Voru_kinnistusamet, lk 8
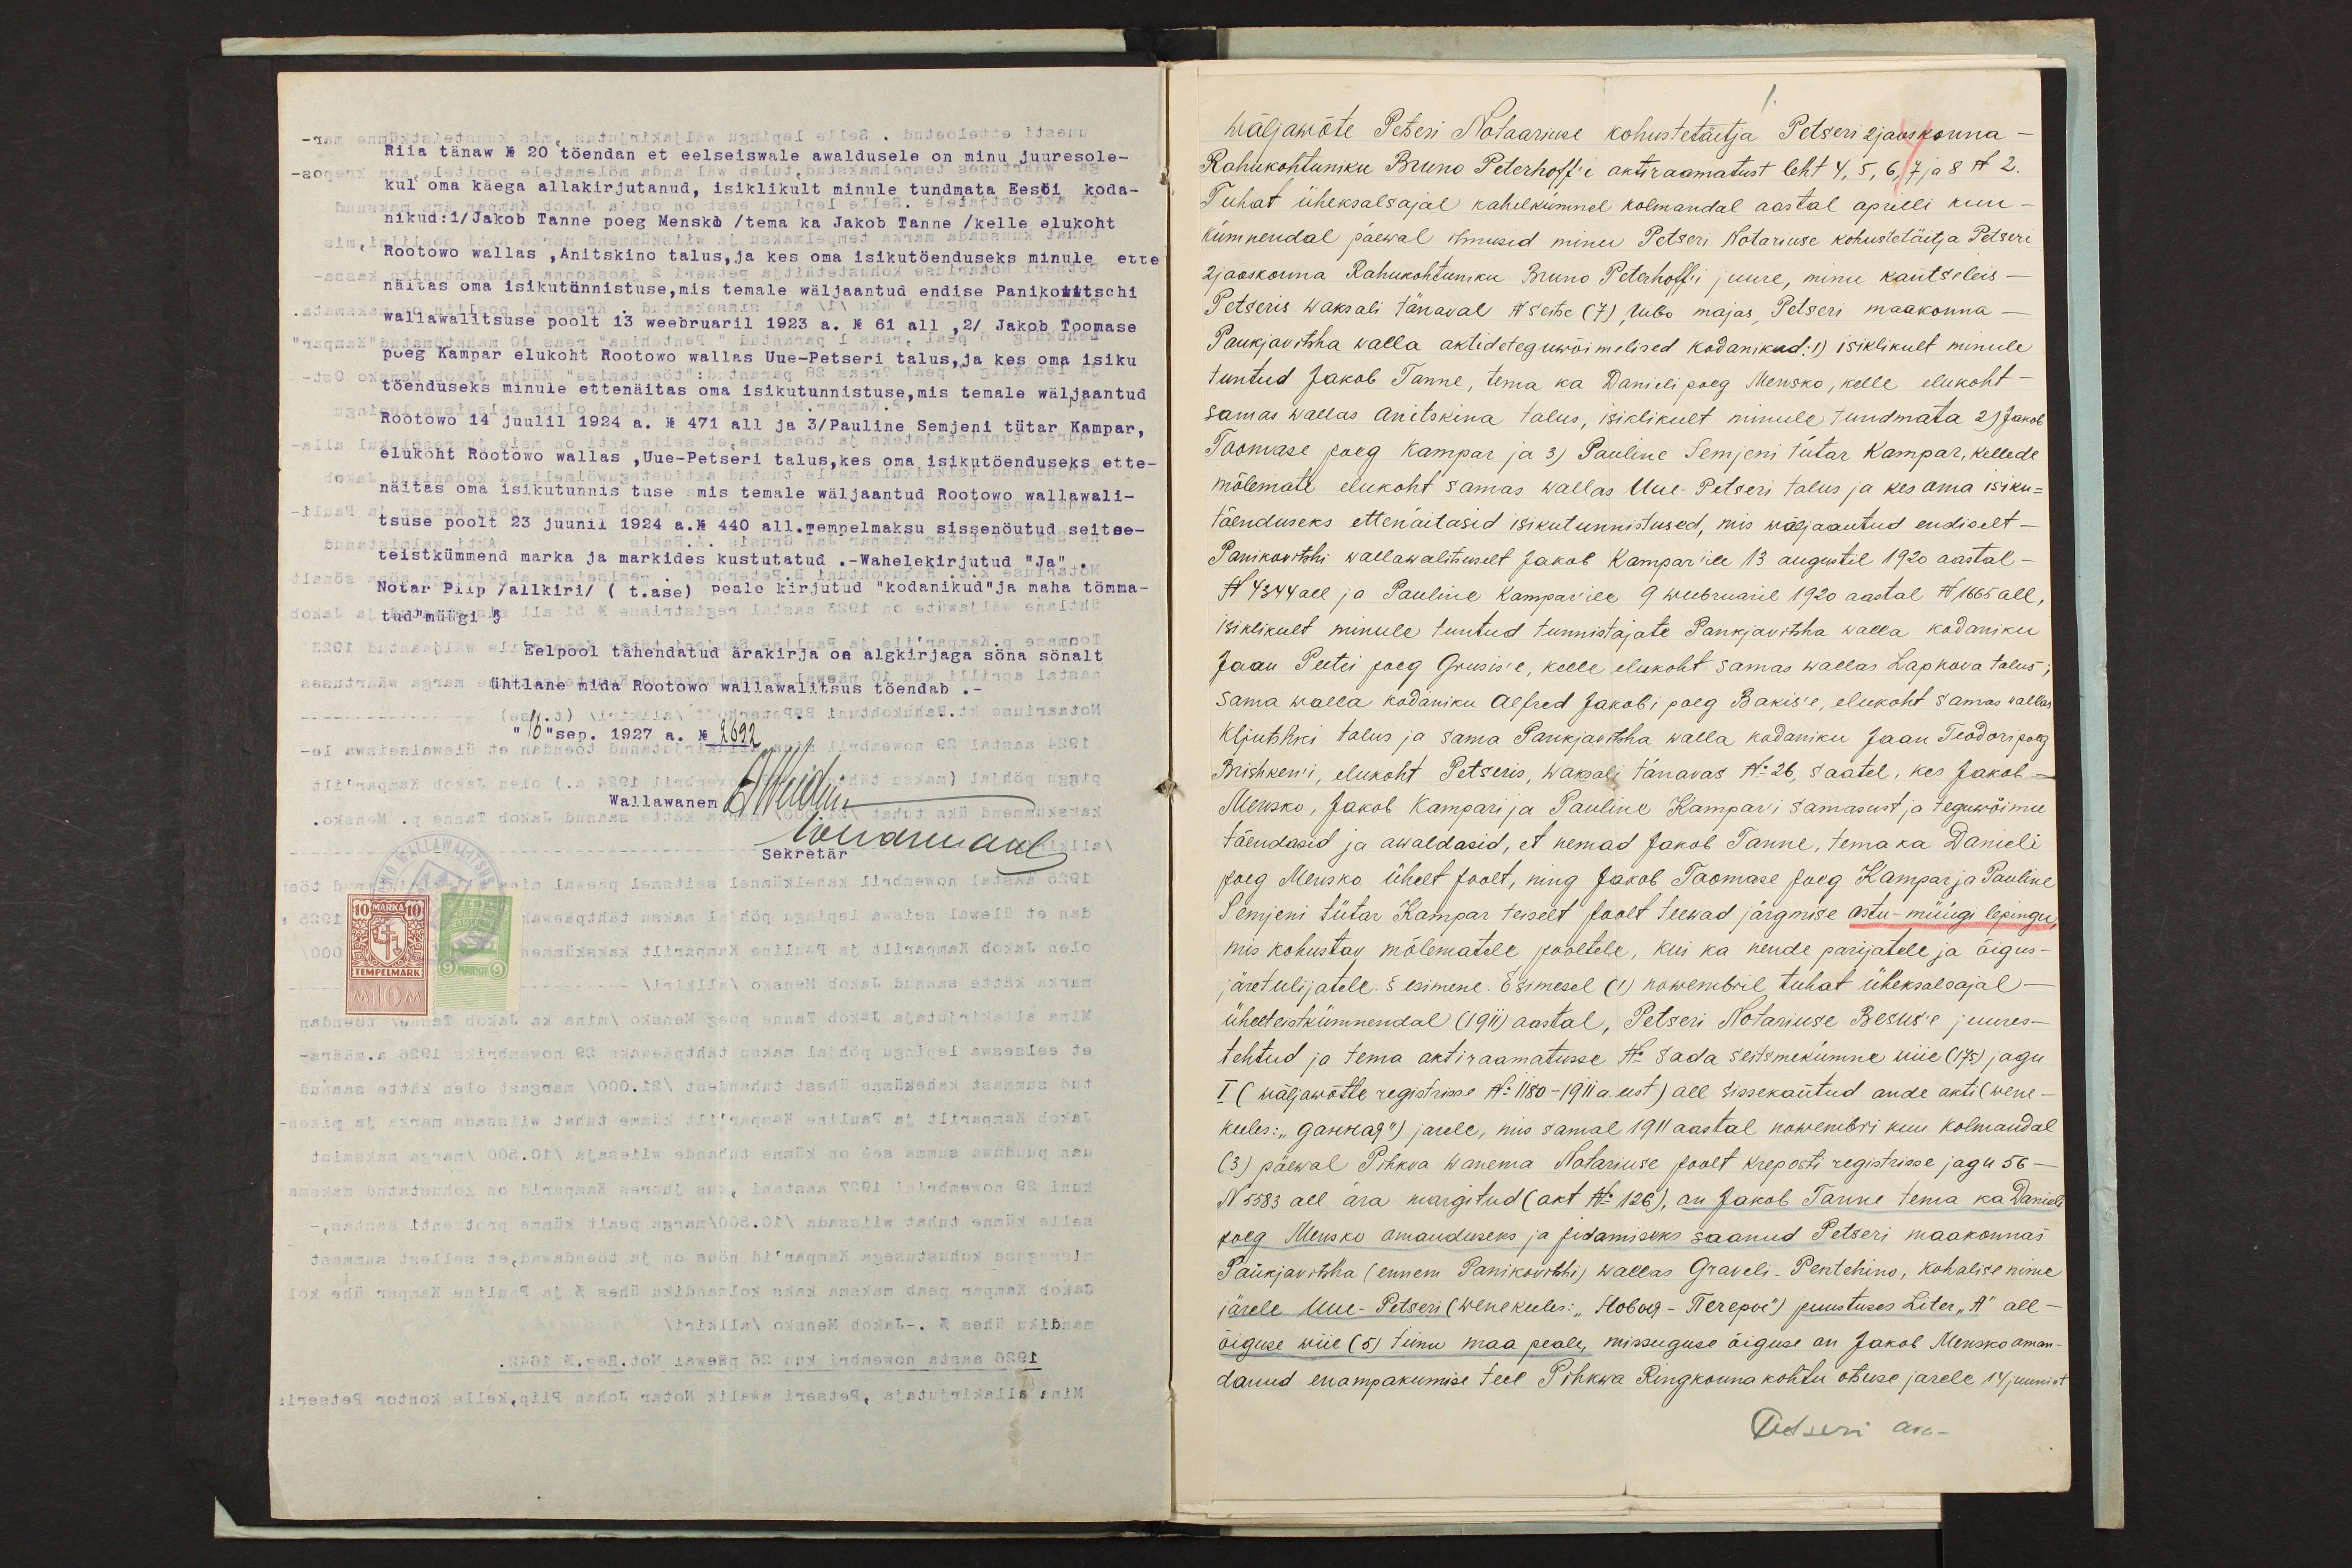
Riia tänaw No 20 töendan et eelseiswale awaldusele on minu juuresole-
kul oma käega allakirjutanud, isiklikult minule tundmata Eesöi koda-
nikud:1/Jakob Tanne poeg Mensko /tema ka Jakob Tanne /kelle elukoht
Rootowo wallas, Anitskino talus, ja kes oma isikutöenduseks minule ette
näitas oma isikutännistuse,mis temale wäljaantud endise Panikowitschi
wallawalitsuse poolt 13 weebruaril 1923 a. No 61 all, 2/ Jakob Toomase
poeg Kampar elukoht Rootowo wallas Uue-Petseri talus, ja kes oma isiku
töenduseks minule ettenäitas oma isikutunnistuse, mis temale wäljaantud
Rootowo 14 juulil 1924 a. No 471 all ja 3/Pauline Semjeni tütar Kampar,
elukoht Rootowo wallas, Uue-Petseri talus, kes oma isikutöenduseks ette-
näitas oma isikutunnis tuse mis temale wäljaantud Rootowo wallawali-
tsuse poolt 23 juunil 1924 a. No 240 all. Tempelmaksu sissenöutud seitse-
teistkümmend marka ja markides kustutatud.- Wahelekirjutud "Ja".
Notar Piip /allkiri/ (t.ase) peale kirjutud "kodanikud"ja maha tömma-
tud"müügi 3
Eelpool tähendatud ärakirja on algkirjaga söna sönalt
ühtlane mida Rootowo wallawalitsus töendab.-
"16" sep. 1927 a. No 2692
Wallawanem E. Wiidu
Sekretär rauaal

Wäljawõte Petseri Notaariuse kohustetäitja Petseri 2jaoskonna
Rahukohtuniku Bruno Peterhoff'i aktiraamatust leht 4,5, 6, 7 ja 8 N 2.
Tuhat üheksalsajal kahelkümnel kolmandal aastal aprilli kuu
Kümnendal päewal ilmusid minu Petseri Notariuse kohustetäitja Petseri
2 jaoskonna Rahukohtuniku Bruno Peterhoff`i juure, minu kantseleis-
Petseris waksali tänaval N seitse (7), Uibo majas Petseri maakonna-
Pankjavitsha walla aktide teguwõimelised kodanikud: 1) isiklikult minule
tuntud Jakob Tanne, tema ka Danieli poeg Mensko, kelle elukoht-
samas wallas Anitskina talus, isiklikult minule tundmata 2) Jakob
Toomase poeg Kampar ja 3) Pauline Semjeni tütar Kampar, kellede
mõlemate elukoht samas wallas Uue-Petseri talus ja kes oma isiku-
tõenduseks ettenäitasid isikutunnistused, mis wäljaantud endiselt-
Panikovitshi wallawalituselt Jakob Kampar`ile 13 augustil 1920 aastal-
N 4344 all ja Pauline Kampar`ile 9 weebruaril 1920 aastal N 1665 all,
isiklikult minule tuntud tunnistajate Pankjavitsha walla kodaniku
Jaan Peetri poeg Grusis'e, kelle elukoht samas wallas Lapkova talus-
sama walla kodaniku Alfred Jakobi poeg Bakis'e, elukoht samas wallas
Kljutshki talus ja sama Pankjavitsha walla kodaniku Jaan Teodori poeg
Brishken'i, elukoht Petseris, Waksali tänavas No 26, saatel, kes Jakob-
Mensko, Jakob Kampari ja Pauline Kampar`i samasust ja teguwõimu
tõendasid ja awaldasid, et nemad Jakob Tanne, tema ka Danieli
poeg Mensko ühelt poolt, ning Jakob Toomase poeg Kampar ja Pauline
Semjeni tütar Kampar teiselt poolt teewad järgmise ostu-müügi lepingu,
mis kohustav mõlematele pooltele, kui ka nende parijatele ja õigus-
järetulijatele. § esimene. Esimesel (1) nowembril tuhat üheksalsajal-
üheeteistkümnendal (1911) aastal, Petseri Notariuse Besus'e juures-
tehtud ja tema aktiraamatusse No: sada seitsmekümne wiie (175) jagu
I (wäljawõtte registrisse No1180-1911 a. eest) all sissekantud ande akti (wene-
keeles: "Gannaja") jarele, mis samal 1911 aastal nowembri kuu kolmandal
(3) päewal Pihkva Wanema Notariuse poolt kreposti registrisse jagu 56-
N 5583 all ära margitud (akt No 126), on Jakob Tanne tema ka Danie
poeg Mensko omanduseks ja pidamiseks saanud Petseri maakonnas
Pankjavitsha (ennem Panikovitshi) wallas Graveli-Pentehino, kohalise nime
järele Uue-Petseri (wenekeeles: "Novoja - Petšeroe") puustuses Liter "A" all-
õiguse wiie (5) tiinu maa peale, missuguse õiguse on Jakob Mensko oman
danud enampakumise teel Pihkwa Ringkonna kohtu otsuse jarele 14 juunist
Petseri ara-